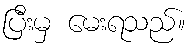
ပြီးမှ မေးရသည်။